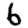
Digit: 6